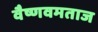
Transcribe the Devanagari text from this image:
वैष्णवमताज